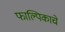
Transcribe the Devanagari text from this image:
फाल्पिकाचे